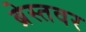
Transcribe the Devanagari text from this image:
ब्रेस्तवर